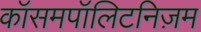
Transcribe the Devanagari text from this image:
कॉसमपॉलिटनिज़म